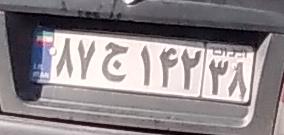
۵۶ص۷۲۸۲۲